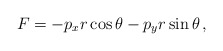
\begin{align*}F = - p_x r \cos \theta - p_y r \sin \theta \, ,\end{align*}